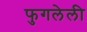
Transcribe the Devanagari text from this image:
फुगलेली